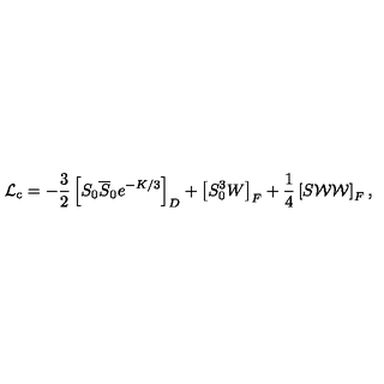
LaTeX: { \cal L } _ { \mathrm { c } } = - { \frac { 3 } { 2 } } \left[ S _ { 0 } \overline { S } _ { 0 } e ^ { - { K / 3 } } \right] _ { D } + \left[ S _ { 0 } ^ { 3 } W \right] _ { F } + { \frac { 1 } { 4 } } \left[ S { \cal W W } \right] _ { F } ,